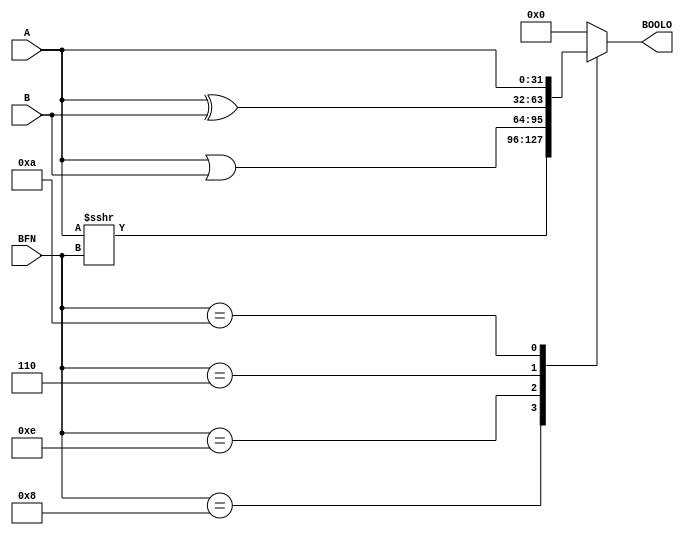
module BOOL(A,B,BFN,BOOLO);
input[31:0]A,B;
input[3:0]BFN;
output reg[31:0]BOOLO;
parameter AND  = 4'b1000,
          OR   = 4'b1110,
          XOR  = 4'b0110,
			 BUFF = 4'b1010;
always@*
begin 
   case(BFN)
	
   AND:  BOOLO = (A>>>BFN);
   
   OR:   BOOLO = A|B;
   
   XOR:  BOOLO = A^B;
   
	BUFF: BOOLO = A;
	default: BOOLO = 0;
  endcase
       end  
         endmodule